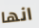
انها